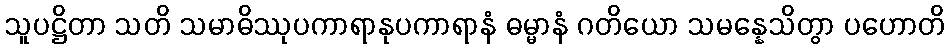
သူပဋ္ဌိတာ သတိ သမာဓိဿုပကာရာနုပကာရာနံ ဓမ္မာနံ ဂတိယော သမန္နေသိတွာ ပဟောတိ